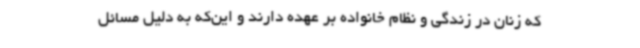
که زنان در زندگی و نظام خانواده بر عهده دارند و این‌که به دلیل مسائل